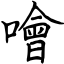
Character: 噲